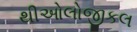
થીઓલોજીકલ